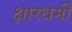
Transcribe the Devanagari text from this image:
क्षारधर्मी